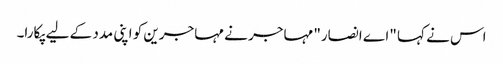
اس نے کہا "اے انصار" مہاجر نے مہاجرین کو اپنی مدد کے لیے پکارا۔